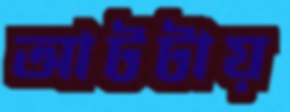
আটটায়